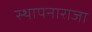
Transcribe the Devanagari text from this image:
स्थापनाराजा